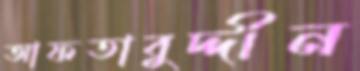
আফতাবুদ্দীন